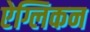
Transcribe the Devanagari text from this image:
ऐग्लिकन